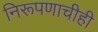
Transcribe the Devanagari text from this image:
निरूपणाचीही